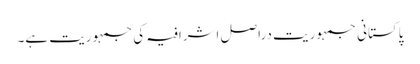
پاکستانی جمہوریت دراصل اشرافیہ کی جمہوریت ہے۔